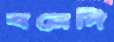
বনেদি